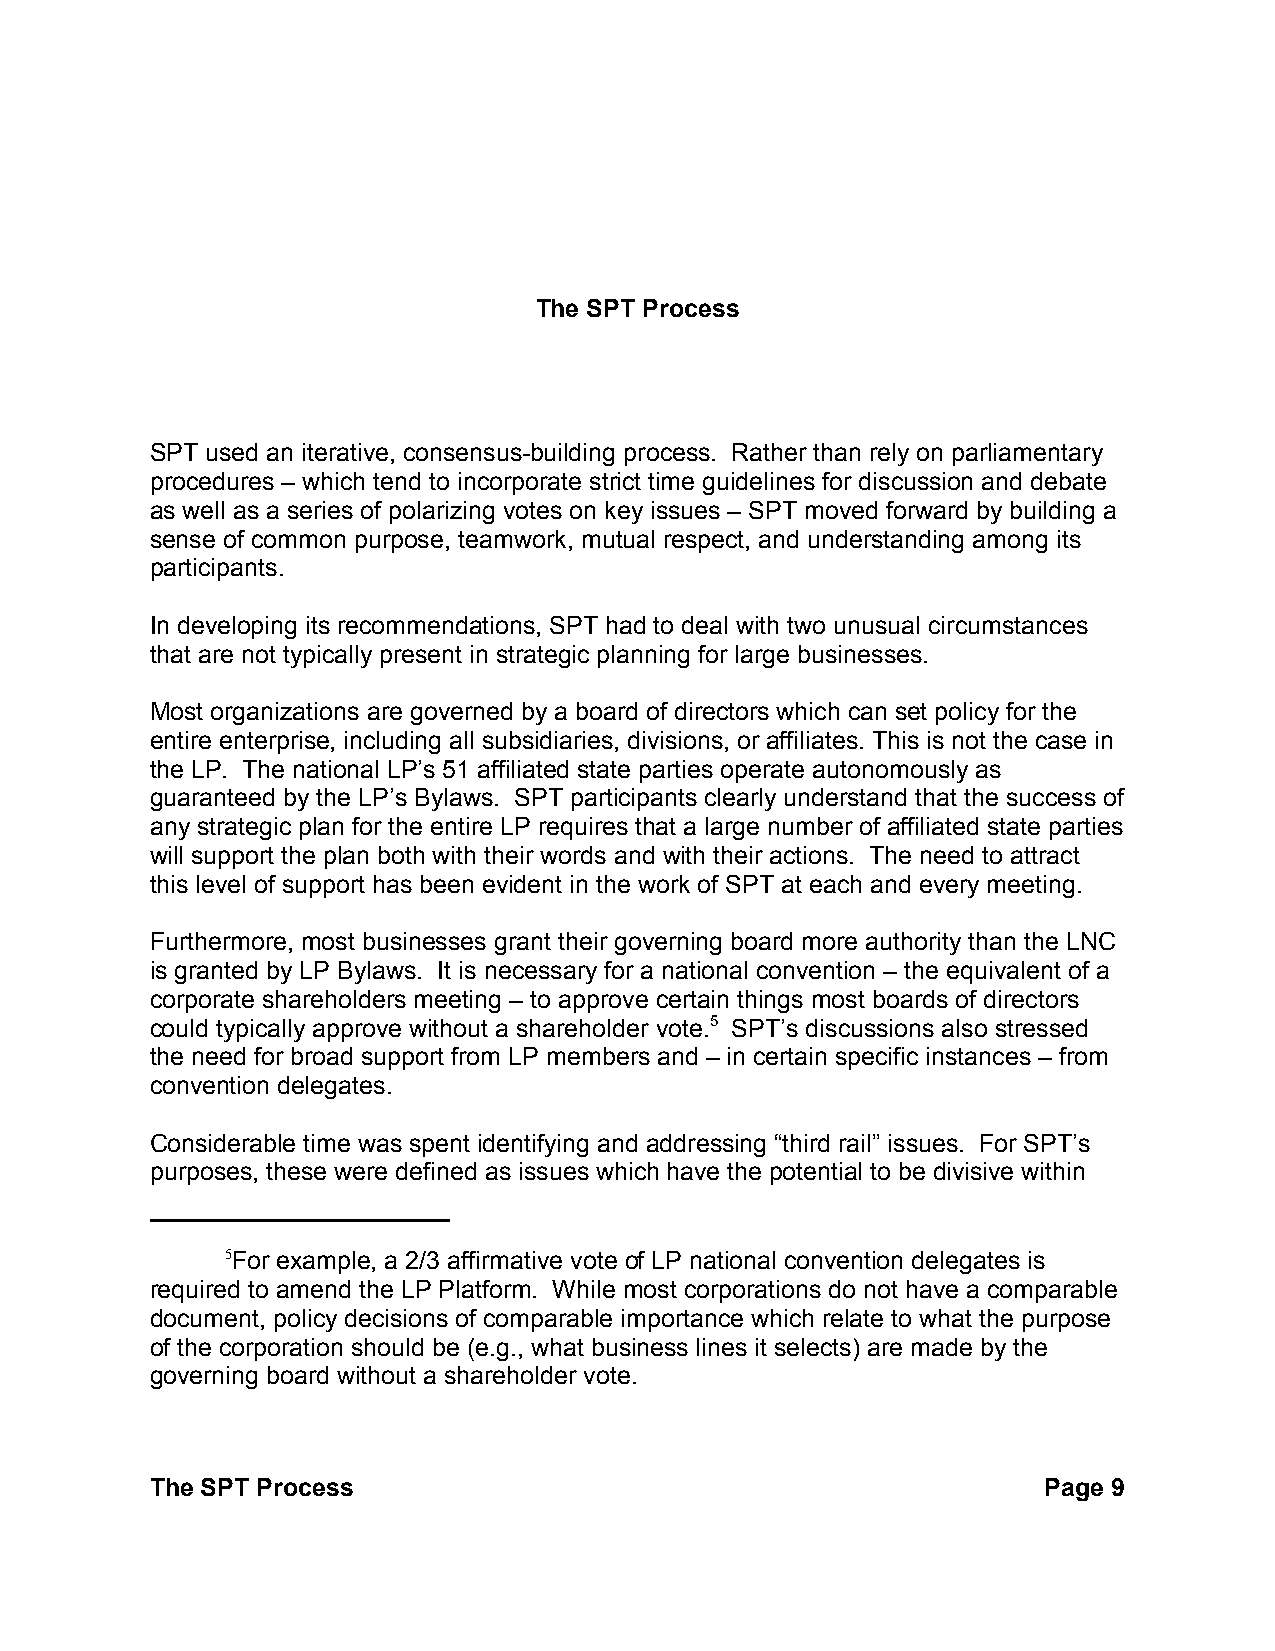
The SPT Process
 SPT used an iterative, consensus-building process. Rather than rely on parliamentary
 procedures – which tend to incorporate strict time guidelines for discussion and debate
 as well as a series of polarizing votes on key issues – SPT moved forward by building a
 sense of common purpose, teamwork, mutual respect, and understanding among its
 participants.
 In developing its recommendations, SPT had to deal with two unusual circumstances
 that are not typically present in strategic planning for large businesses.
 Most organizations are governed by a board of directors which can set policy for the
 entire enterprise, including all subsidiaries, divisions, or affiliates. This is not the case in
 the LP. The national LP’s 51 affiliated state parties operate autonomously as
 guaranteed by the LP’s Bylaws. SPT participants clearly understand that the success of
 any strategic plan for the entire LP requires that a large number of affiliated state parties
 will support the plan both with their words and with their actions. The need to attract
 this level of support has been evident in the work of SPT at each and every meeting.
 Furthermore, most businesses grant their governing board more authority than the LNC
 is granted by LP Bylaws. It is necessary for a national convention – the equivalent of a
 corporate shareholders meeting – to approve certain things most boards of directors
 could typically approve without a shareholder vote.5 SPT’s discussions also stressed
 the need for broad support from LP members and – in certain specific instances – from
 convention delegates.
 Considerable time was spent identifying and addressing “third rail” issues. For SPT’s
 purposes, these were defined as issues which have the potential to be divisive within
 5For example, a 2/3 affirmative vote of LP national convention delegates is
 required to amend the LP Platform. While most corporations do not have a comparable
 document, policy decisions of comparable importance which relate to what the purpose
 of the corporation should be (e.g., what business lines it selects) are made by the
 governing board without a shareholder vote.
 The SPT Process                                            Page 9